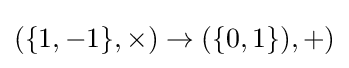
(\{1,-1\},\times )\rightarrow (\{0,1\}),+)